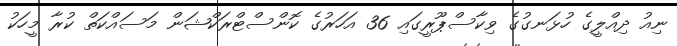
ނިއު ދިއްލީގެ ހުޅަނގުގެ ވިކާސްޕޫރީގައި 36 އަހަރުގެ ކޮންސްޓްރަކްޝަން މަސައްކަތް ކުރާ މީހަކު